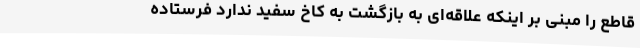
قاطع را مبنی بر اینکه علاقه‌ای به بازگشت به کاخ سفید ندارد فرستاده